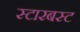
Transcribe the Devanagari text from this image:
स्टारबस्ट